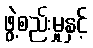
ဖွဲ့စည်းမှုနှင့်